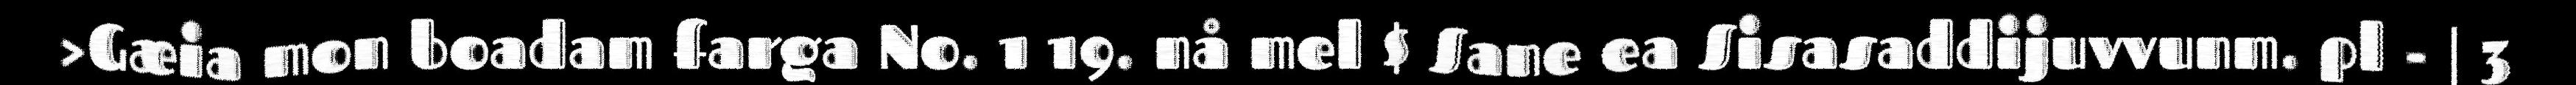
>Gæia mon boadam farga No. 1 19. nå mel $ Sane ea Sisasaddijuvvunm. pl - | 3